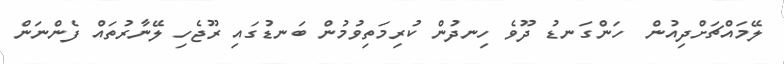
ލޭމައްޗަށްދިއުން  ހަންގަނޑު ދޫވެ ހިނދުން ކުރިމަތިވުމުން ބަނޑުގައި ރޫޖެހި ލޭނާރުތައް ފެންނަން